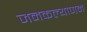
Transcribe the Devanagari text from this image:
जनकल्याणमे